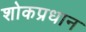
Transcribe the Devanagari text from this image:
शोकप्रधान